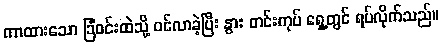
ကာထားသော ခြံဝင်းထဲသို့ ဝင်လာခဲ့ပြီး နွား တင်းကုပ် ရှေ့တွင် ရပ်လိုက်သည်။